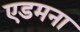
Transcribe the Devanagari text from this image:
एडमना